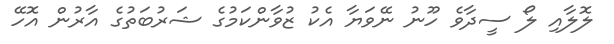
ލޮލާއި ލޯ ސީދާވެ ހޫނު ނޭވަޔާ އެކު ޒުވާންކަމުގެ ޝަރުބަތުގެ އާރުން އޮހޭ